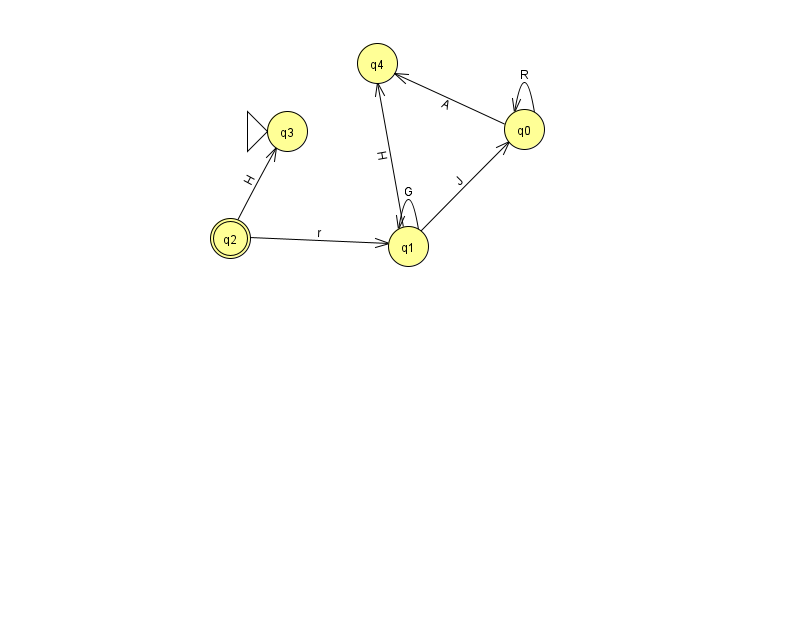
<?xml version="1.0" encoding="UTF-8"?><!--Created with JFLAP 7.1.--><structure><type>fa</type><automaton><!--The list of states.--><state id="0" name="q0"><x>524.0</x><y>116.0</y></state><state id="1" name="q1"><x>408.0</x><y>233.0</y></state><state id="2" name="q2"><x>230.0</x><y>225.0</y><final/></state><state id="3" name="q3"><x>287.0</x><y>118.0</y><initial/></state><state id="4" name="q4"><x>377.0</x><y>50.0</y></state><!--The list of transitions.--><transition><from>1</from><to>4</to><read>H</read></transition><transition><from>0</from><to>0</to><read>R</read></transition><transition><from>2</from><to>1</to><read>r</read></transition><transition><from>1</from><to>1</to><read>G</read></transition><transition><from>0</from><to>4</to><read>A</read></transition><transition><from>1</from><to>0</to><read>J</read></transition><transition><from>2</from><to>3</to><read>H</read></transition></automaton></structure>